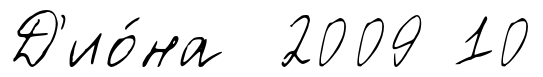
Д'ио́на 2009 10